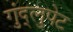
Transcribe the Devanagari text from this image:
गुंद्लुपेट